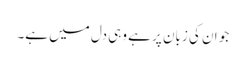
جو ان کی زبان پر ہے وہی دل میں ہے۔